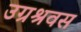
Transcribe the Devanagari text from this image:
उग्रश्रवस